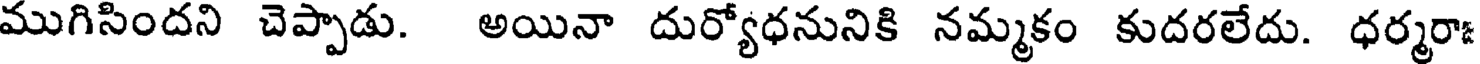
ముగిసిందని చెప్పాడు. అయినా దుర్యోధనునికి నమ్మకం కుదరలేదు. ధర్మరా